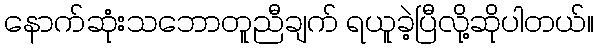
နောက်ဆုံးသဘောတူညီချက် ရယူခဲ့ပြီလို့ဆိုပါတယ်။